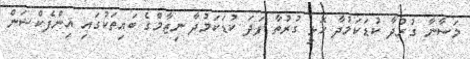
މަސާނާ ގުރުދާ ކުޑަކަމުދާ ހޮޅި ގުރުތާ ފަދަ ކުޑަކަމުދާ ނިޒާމްގެ ބައިތަކުގައި އިންފެކްޝަން